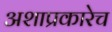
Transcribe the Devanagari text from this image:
अशाप्रकारेच